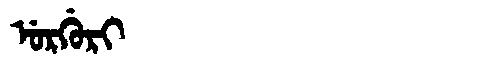
Manchu: ᡠᡵᡤᡠᡵᡳ
Romanization: URGURI